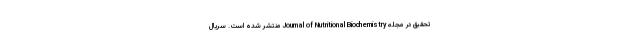
تحقیق در مجله Journal of Nutritional Biochemistry منتشر شده است. سریال